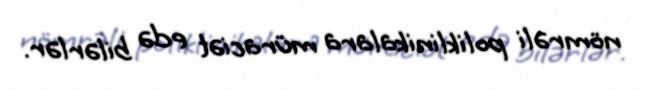
nömrəli poliklinikalara müraciət edə bilərlər.